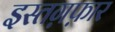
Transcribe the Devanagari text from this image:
इस्तग़फ़ार